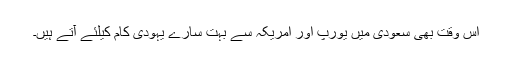
اس وقت بهى سعودى میں یورپ اور امریکہ سے بہت سارے یہودى کام کیلئے آتے ہیں۔